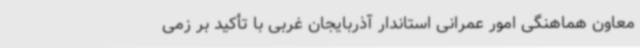
معاون هماهنگی امور عمرانی استاندار آذربایجان غربی با تأکید بر زمی